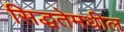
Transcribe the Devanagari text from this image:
सिद्धतेमधील